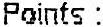
POINTS :